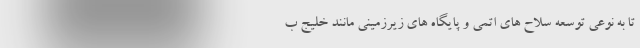
تا به نوعی توسعه سلاح های اتمی و پایگاه های زیرزمینی مانند خلیج ب